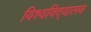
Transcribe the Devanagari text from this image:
विश्वविद्‌यालय